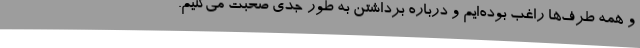
و همه طرف‌ها راغب بوده‌ایم و درباره برداشتن به طور جدی صحبت می‌کنیم.